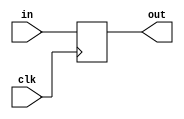
module coreir_reg #(
    parameter width = 1,
    parameter clk_posedge = 1,
    parameter init = 1
) (
    input clk,
    input [width-1:0] in,
    output [width-1:0] out
);
  reg [width-1:0] outReg=init;
  wire real_clk;
  assign real_clk = clk_posedge ? clk : ~clk;
  always @(posedge real_clk) begin
    outReg <= in;
  end
  assign out = outReg;
endmodule

module Mux2xNone (
    input I0,
    input I1,
    input S,
    output O
);
reg [0:0] coreir_commonlib_mux2x1_inst0_out;
always @(*) begin
if (S == 0) begin
    coreir_commonlib_mux2x1_inst0_out = I0;
end else begin
    coreir_commonlib_mux2x1_inst0_out = I1;
end
end

assign O = coreir_commonlib_mux2x1_inst0_out[0];
endmodule

module DFF_init0_has_ceFalse_has_resetFalse_has_async_resetFalse (
    input I,
    output O,
    input CLK
);
wire [0:0] reg_P_inst0_out;
coreir_reg #(
    .clk_posedge(1'b1),
    .init(1'h0),
    .width(1)
) reg_P_inst0 (
    .clk(CLK),
    .in(I),
    .out(reg_P_inst0_out)
);
assign O = reg_P_inst0_out[0];
endmodule

module Register4 (
    input [3:0] I,
    output [3:0] O,
    input CLK
);
wire DFF_init0_has_ceFalse_has_resetFalse_has_async_resetFalse_inst0_O;
wire DFF_init0_has_ceFalse_has_resetFalse_has_async_resetFalse_inst1_O;
wire DFF_init0_has_ceFalse_has_resetFalse_has_async_resetFalse_inst2_O;
wire DFF_init0_has_ceFalse_has_resetFalse_has_async_resetFalse_inst3_O;
DFF_init0_has_ceFalse_has_resetFalse_has_async_resetFalse DFF_init0_has_ceFalse_has_resetFalse_has_async_resetFalse_inst0 (
    .I(I[0]),
    .O(DFF_init0_has_ceFalse_has_resetFalse_has_async_resetFalse_inst0_O),
    .CLK(CLK)
);
DFF_init0_has_ceFalse_has_resetFalse_has_async_resetFalse DFF_init0_has_ceFalse_has_resetFalse_has_async_resetFalse_inst1 (
    .I(I[1]),
    .O(DFF_init0_has_ceFalse_has_resetFalse_has_async_resetFalse_inst1_O),
    .CLK(CLK)
);
DFF_init0_has_ceFalse_has_resetFalse_has_async_resetFalse DFF_init0_has_ceFalse_has_resetFalse_has_async_resetFalse_inst2 (
    .I(I[2]),
    .O(DFF_init0_has_ceFalse_has_resetFalse_has_async_resetFalse_inst2_O),
    .CLK(CLK)
);
DFF_init0_has_ceFalse_has_resetFalse_has_async_resetFalse DFF_init0_has_ceFalse_has_resetFalse_has_async_resetFalse_inst3 (
    .I(I[3]),
    .O(DFF_init0_has_ceFalse_has_resetFalse_has_async_resetFalse_inst3_O),
    .CLK(CLK)
);
assign O = {DFF_init0_has_ceFalse_has_resetFalse_has_async_resetFalse_inst3_O,DFF_init0_has_ceFalse_has_resetFalse_has_async_resetFalse_inst2_O,DFF_init0_has_ceFalse_has_resetFalse_has_async_resetFalse_inst1_O,DFF_init0_has_ceFalse_has_resetFalse_has_async_resetFalse_inst0_O};
endmodule

module PISO4 (
    input SI,
    input [3:0] PI,
    input LOAD,
    output O,
    input CLK
);
wire Mux2xNone_inst0_O;
wire Mux2xNone_inst1_O;
wire Mux2xNone_inst2_O;
wire Mux2xNone_inst3_O;
wire [3:0] Register4_inst0_O;
Mux2xNone Mux2xNone_inst0 (
    .I0(SI),
    .I1(PI[0]),
    .S(LOAD),
    .O(Mux2xNone_inst0_O)
);
Mux2xNone Mux2xNone_inst1 (
    .I0(Register4_inst0_O[0]),
    .I1(PI[1]),
    .S(LOAD),
    .O(Mux2xNone_inst1_O)
);
Mux2xNone Mux2xNone_inst2 (
    .I0(Register4_inst0_O[1]),
    .I1(PI[2]),
    .S(LOAD),
    .O(Mux2xNone_inst2_O)
);
Mux2xNone Mux2xNone_inst3 (
    .I0(Register4_inst0_O[2]),
    .I1(PI[3]),
    .S(LOAD),
    .O(Mux2xNone_inst3_O)
);
wire [3:0] Register4_inst0_I;
assign Register4_inst0_I = {Mux2xNone_inst3_O,Mux2xNone_inst2_O,Mux2xNone_inst1_O,Mux2xNone_inst0_O};
Register4 Register4_inst0 (
    .I(Register4_inst0_I),
    .O(Register4_inst0_O),
    .CLK(CLK)
);
assign O = Register4_inst0_O[3];
endmodule